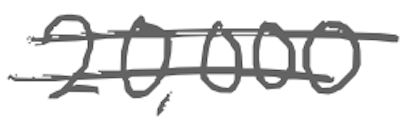
Text: 20,000
Cross-out: double-line
Writing tool: digital_gray